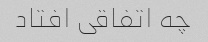
چه اتفاقی افتاد